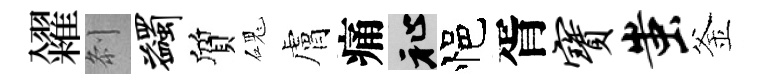
糴𠛴蠲質磈膚痛祉悒胥宝蚩釜